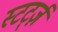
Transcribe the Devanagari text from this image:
स्टर्ट्ज़